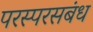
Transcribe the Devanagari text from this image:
परस्परसबंध